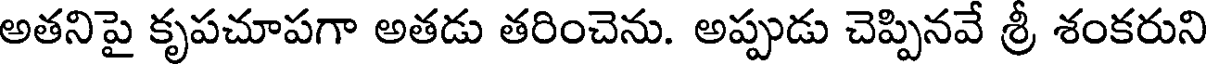
అతనిపై కృపచూపగా అతడు తరించెను. అప్పుడు చెప్పినవే శ్రీ శంకరుని